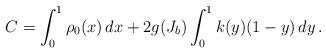
LaTeX: \begin{align*}C = \int_0^1 \rho_0(x)\,dx + 2 g(J_b) \int_0^1 k(y)(1-y)\,dy\,.\end{align*}